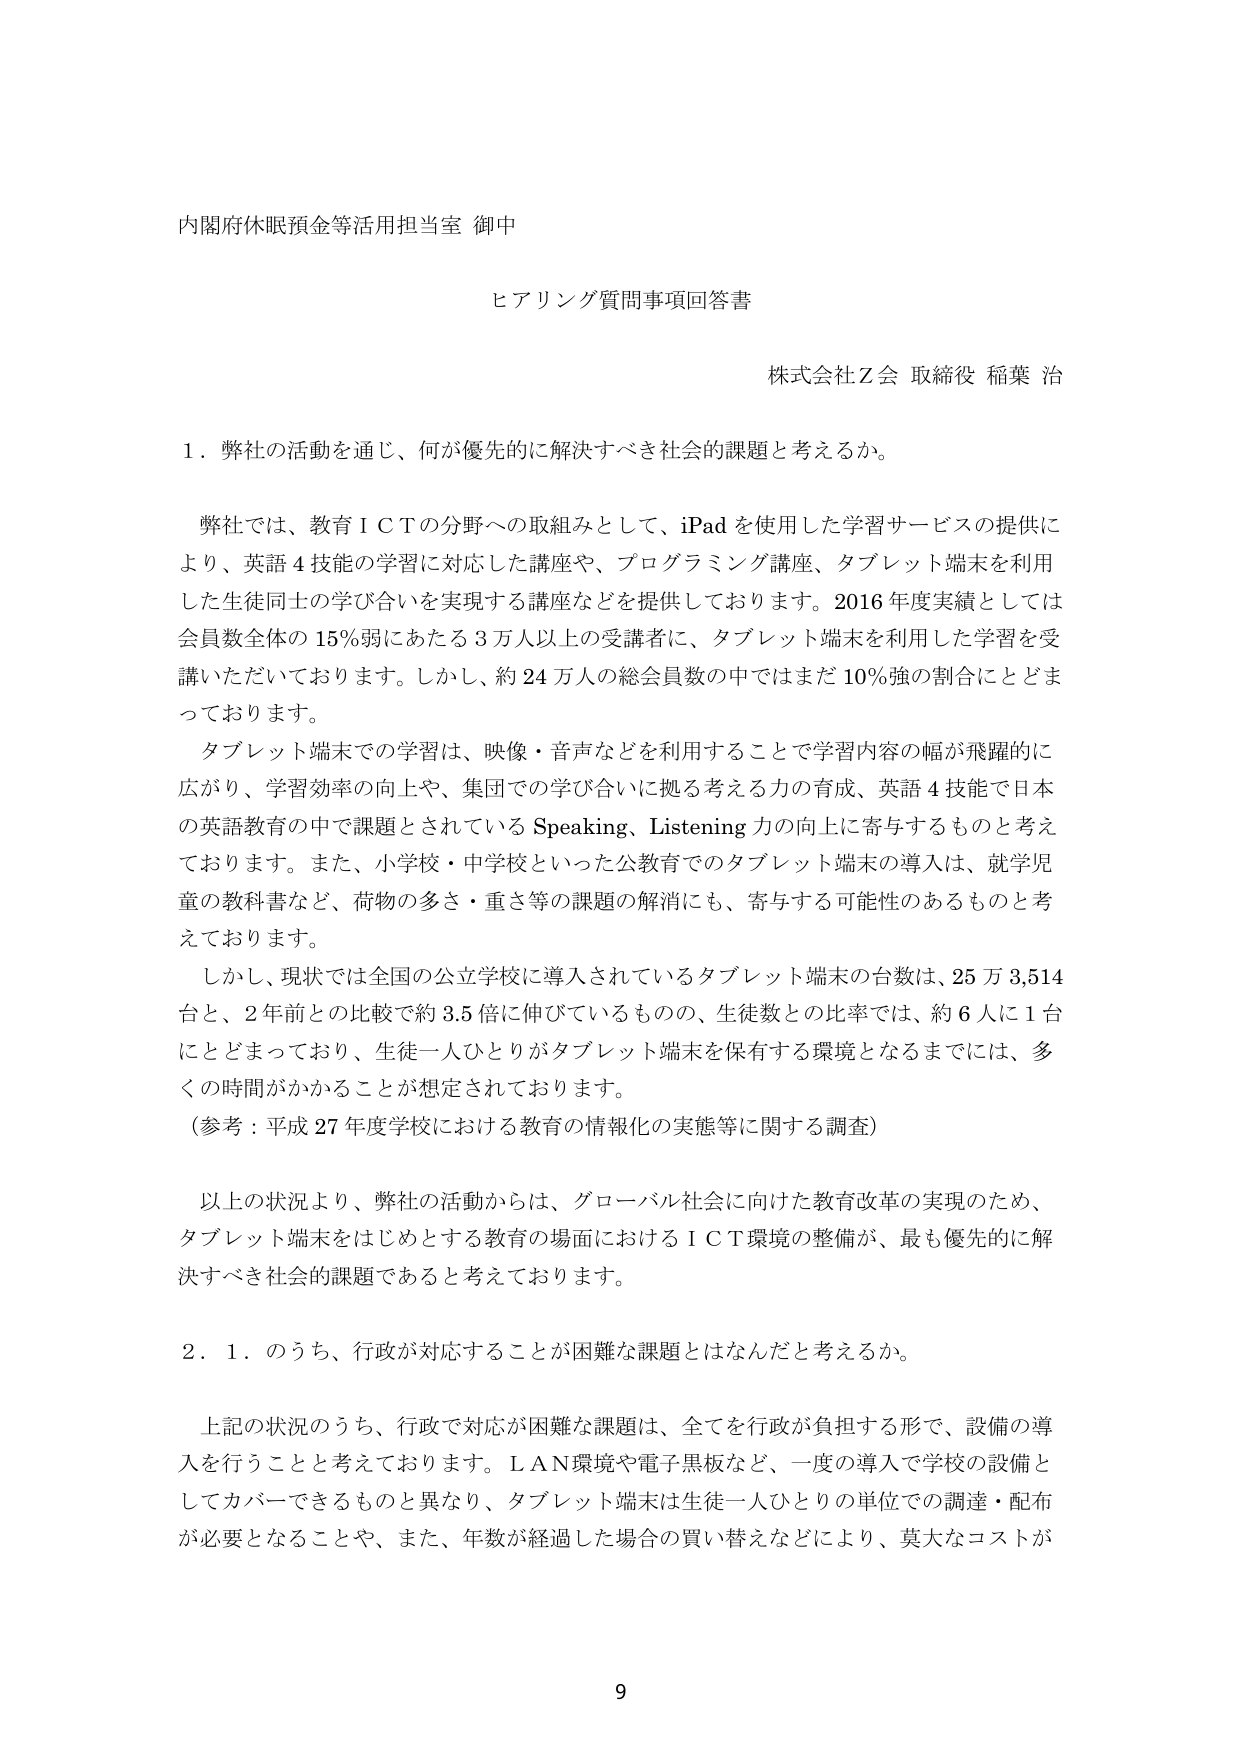
内閣府休眠預金等活用担当室 御中

ヒアリング質問事項回答書

株式会社Ｚ会 取締役 稲葉 治

１．弊社の活動を通じ、何が優先的に解決すべき社会的課題と考えるか。

　弊社では、教育ＩＣＴの分野への取組みとして、iPad を使用した学習サービスの提供により、英語４技能の学習に対応した講座や、プログラミング講座、タブレット端末を利用した生徒同士の学び合いを実現する講座などを提供しております。2016 年度実績としては会員数全体の 15％弱にあたる 3 万人以上の受講者に、タブレット端末を利用した学習を受講いただいております。しかし、約 24 万人の総会員数の中ではまだ 10％強の割合にとどまっております。

　タブレット端末での学習は、映像・音声などを活用することで学習内容の幅が飛躍的に広がり、学習効率の向上や、集団での学び合いに拠る考える力の育成、英語４技能で日本の英語教育の中で課題とされている Speaking、Listening 力の向上に寄与するものと考えております。また、小学校・中学校といった公教育でのタブレット端末の導入は、就学児童の教科書など、荷物の多さ・重さ等の課題の解消にも、寄与する可能性のあるものと考えております。

　しかし、現状では全国の公立学校に導入されているタブレット端末の台数は、25 万 3,514 台と、2 年前との比較で約 3.5 倍に伸びているものの、生徒数との比率では、約 6 人に 1 台にとどまっており、生徒一人ひとりがタブレット端末を保有する環境となるまでには、多くの時間がかかることが想定されております。

（参考：平成 27 年度学校における教育の情報化の実態等に関する調査）

　以上の状況より、弊社の活動からは、グローバル社会に向けた教育改革の実現のため、タブレット端末をはじめとする教育の場面におけるＩＣＴ環境の整備が、最も優先的に解決すべき社会的課題であると考えております。

２．１．のうち、行政が対応することが困難な課題とはなんだと考えるか。

　上記の状況のうち、行政で対応が困難な課題は、全てを行政が負担する形で、設備の導入を行うことと考えております。ＬＡＮ環境や電子黒板など、一度の導入で学校の設備としてカバーできるものと異なり、タブレット端末は生徒一人ひとりの単位での調達・配布が必要となることや、また、年数が経過した場合の買い替えなどにより、莫大なコストが

9